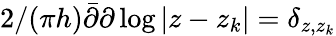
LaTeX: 2/(\pi h)\bar{\partial}\partial\log|z-z_{k}|=\delta_{z,z_{k}}